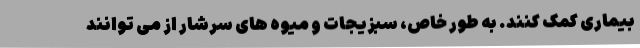
بیماری کمک کنند. به طور خاص، سبزیجات و میوه های سرشار از می توانند